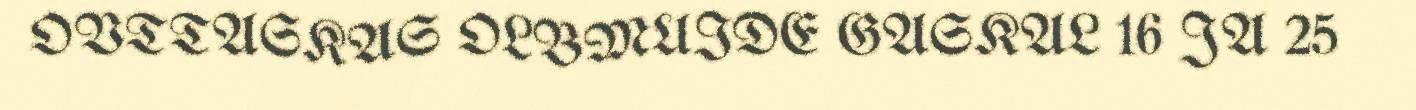
OVTTASKAS OLBMUIDE GASKAL 16 JA 25